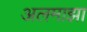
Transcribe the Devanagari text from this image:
अलमाझा